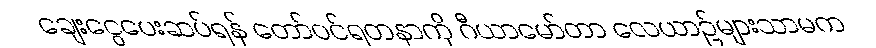
ချေးငွေပေးဆပ်ရန် တော်ဝင်ရတနာကို ဂီယာမော်တာ လေယာဉ်များသာမက